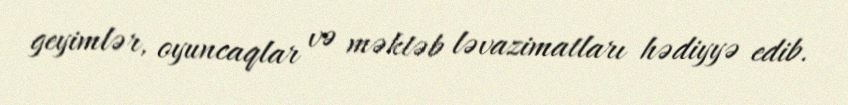
geyimlər, oyuncaqlar və məktəb ləvazimatları hədiyyə edib.